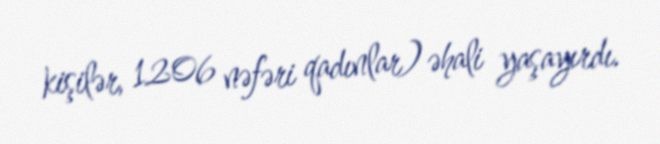
kişilər, 1206 nəfəri qadınlar) əhali yaşayırdı.